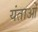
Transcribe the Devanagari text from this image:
यंताओं